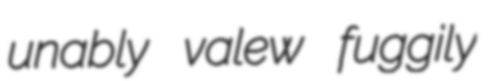
unably valew fuggily